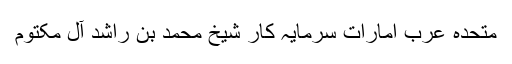
متحدہ عرب امارات سرمایہ کار شیخ محمد بن راشد آل مکتوم